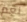
نعم